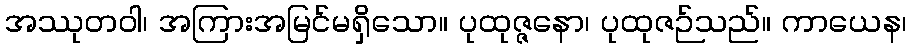
အဿုတဝါ၊ အကြားအမြင်မရှိသော။ ပုထုဇ္ဇနော၊ ပုထုဇဉ်သည်။ ကာယေန၊